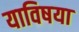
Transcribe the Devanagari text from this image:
याविषया